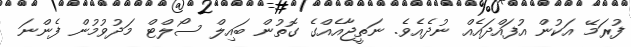
ފުރަމޭ އަކުން އުފައްދައެއް ނުދެއެވެ. ނަތީޖާއެއްގެ ގޮތުން ބައިލް ސޯލްޓް މަދުވުމުން ފެންނަ